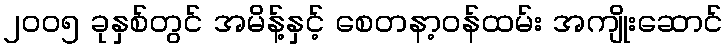
၂၀၀၅ ခုနှစ်တွင် အမိန့်နှင့် စေတနာ့ဝန်ထမ်း အကျိုးဆောင်